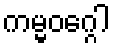
ကမ္မဝဂ္ဂေါ